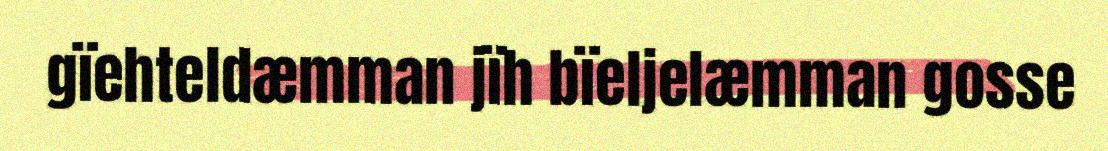
gïehteldæmman jïh bïeljelæmman gosse